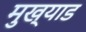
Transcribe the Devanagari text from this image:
मुख्याड